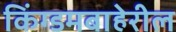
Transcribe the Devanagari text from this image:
किंग्डमबाहेरील